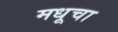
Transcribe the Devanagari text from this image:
मधूचा